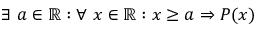
\exists ~ a \in \mathbb { R } : \forall ~ x \in \mathbb { R } : x \geq a \Rightarrow P ( x )